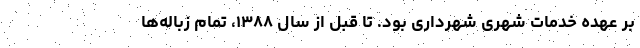
بر عهده خدمات شهری شهرداری بود. تا قبل از سال ۱۳۸۸، تمام زباله‌ها